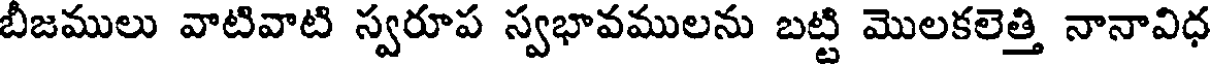
బీజములు వాటివాటి స్వరూప స్వభావములను బట్టి మొలకలెత్తి నానావిధ